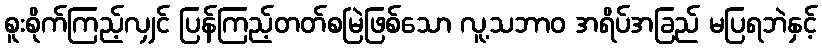
စူးစိုက်ကြည့်လျှင် ပြန်ကြည့်တတ်စမြဲဖြစ်သော လူ့သဘာဝ အရိပ်အခြည် မပြရဘဲနှင့်